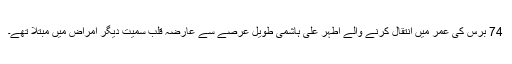
74 برس کی عمر میں انتقال کرنے والے اطہر علی ہاشمی طويل عرصے سے عارضہ قلب سمیت ديگر امراض ميں مبتلا تھے۔